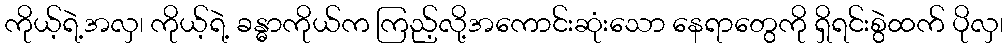
ကိုယ့်ရဲ့အလှ၊ ကိုယ့်ရဲ့ ခန္ဓာကိုယ်က ကြည့်လို့အကောင်းဆုံးသော နေရာတွေကို ရှိရင်းစွဲထက် ပိုလှ၊